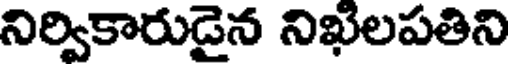
నిర్వికారుడైన నిఖిలపతిని